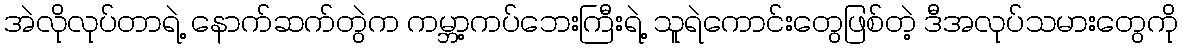
အဲလိုလုပ်တာရဲ့ နောက်ဆက်တွဲက ကမ္ဘာ့ကပ်ဘေးကြီးရဲ့ သူရဲကောင်းတွေဖြစ်တဲ့ ဒီအလုပ်သမားတွေကို